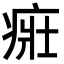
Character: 𤶜